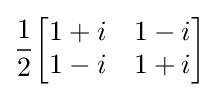
{\frac {1}{2}}{\begin{bmatrix}1+i&1-i\\1-i&1+i\end{bmatrix}}